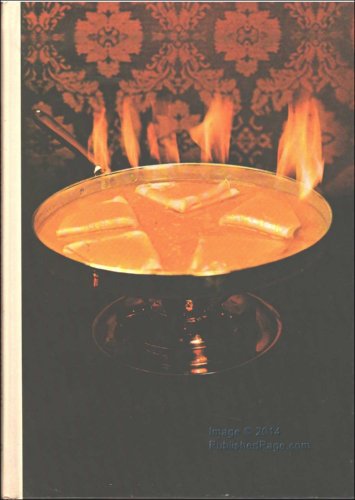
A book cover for The Fondue and Buffet Cookbook (Southern Living Cookbook Library); Inc. Oxmoor House; Cookbooks, Food & Wine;